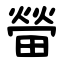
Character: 㽦